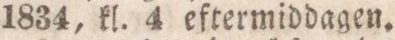
1834, kl. 4 eftermiddagen.